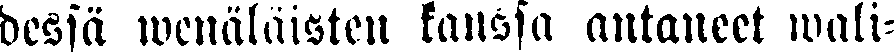
dessä wenäläisten kanssa antaneet wali-